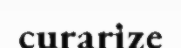
curarize